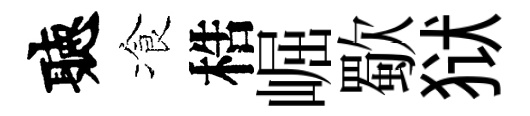
聽飡梏崛歜狱